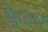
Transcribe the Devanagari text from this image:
श्वेग्लर